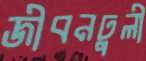
জীবনঢুলী